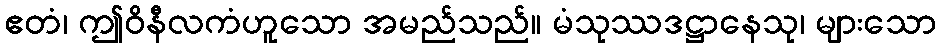
ဧတံ၊ ဤဝိနီလကံဟူသော အမည်သည်။ မံသုဿဒဋ္ဌာနေသု၊ များသော